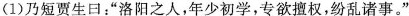
(1)乃短贾生曰;“洛阳之人,年少初学,专欲擅权,纷乱诸事。